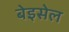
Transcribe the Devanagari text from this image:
बेइसेल